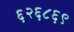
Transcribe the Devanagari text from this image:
६२६८६९